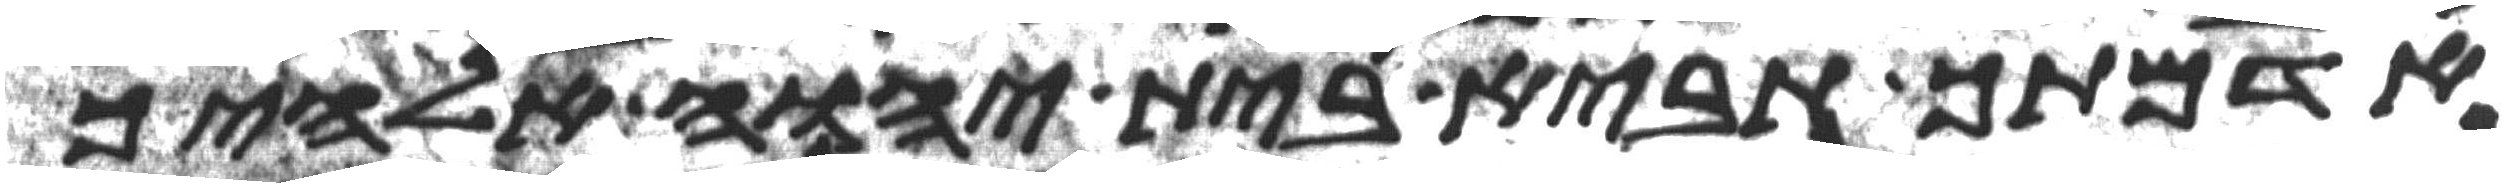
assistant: אדמתך תביא בית יהוה אלהיך